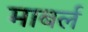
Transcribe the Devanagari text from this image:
माबर्ल